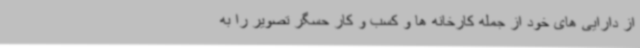
از دارایی های خود از جمله کارخانه ها و کسب و کار حسگر تصویر را به